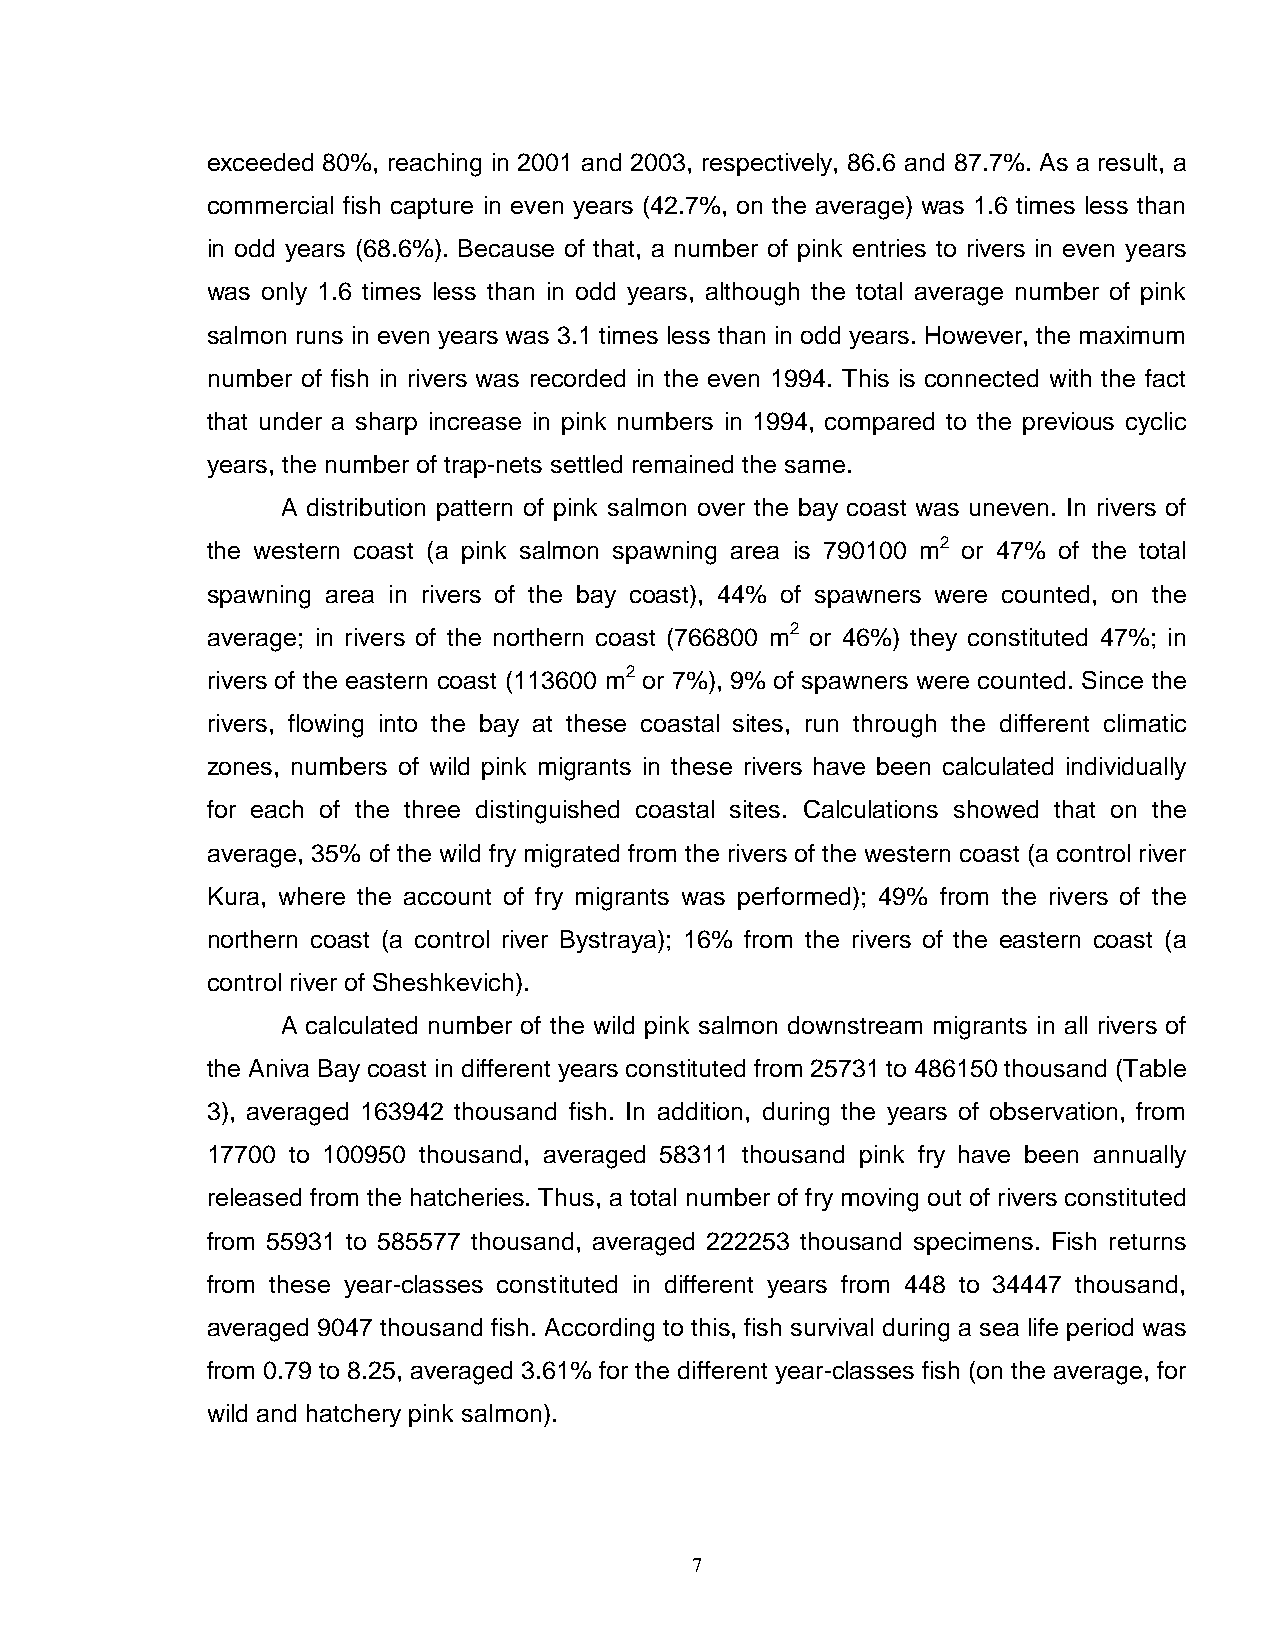
exceeded 80%, reaching in 2001 and 2003, respectively, 86.6 and 87.7%. As a result, a
 commercial fish capture in even years (42.7%, on the average) was 1.6 times less than
 in odd years (68.6%). Because of that, a number of pink entries to rivers in even years
 was only 1.6 times less than in odd years, although the total average number of pink
 salmon runs in even years was 3.1 times less than in odd years. However, the maximum
 number of fish in rivers was recorded in the even 1994. This is connected with the fact
 that under a sharp increase in pink numbers in 1994, compared to the previous cyclic
 years, the number of trap-nets settled remained the same.
 A distribution pattern of pink salmon over the bay coast was uneven. In rivers of
 the western coast (a pink salmon spawning area is 790100 m2 or 47% of the total
 spawning area in rivers of the bay coast), 44% of spawners were counted, on the
 average; in rivers of the northern coast (766800 m2 or 46%) they constituted 47%; in
 rivers of the eastern coast (113600 m2 or 7%), 9% of spawners were counted. Since the
 rivers, flowing into the bay at these coastal sites, run through the different climatic
 zones, numbers of wild pink migrants in these rivers have been calculated individually
 for each of the three distinguished coastal sites. Calculations showed that on the
 average, 35% of the wild fry migrated from the rivers of the western coast (a control river
 Kura, where the account of fry migrants was performed); 49% from the rivers of the
 northern coast (a control river Bystraya); 16% from the rivers of the eastern coast (a
 control river of Sheshkevich).
 A calculated number of the wild pink salmon downstream migrants in all rivers of
 the Aniva Bay coast in different years constituted from 25731 to 486150 thousand (Table
 3), averaged 163942 thousand fish. In addition, during the years of observation, from
 17700 to 100950 thousand, averaged 58311 thousand pink fry have been annually
 released from the hatcheries. Thus, a total number of fry moving out of rivers constituted
 from 55931 to 585577 thousand, averaged 222253 thousand specimens. Fish returns
 from these year-classes constituted in different years from 448 to 34447 thousand,
 averaged 9047 thousand fish. According to this, fish survival during a sea life period was
 from 0.79 to 8.25, averaged 3.61% for the different year-classes fish (on the average, for
 wild and hatchery pink salmon).
 7